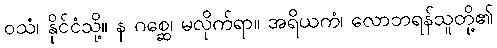
ဝသံ၊ နိုင်ငံသို့။ န ဂစ္ဆေ၊ မလိုက်ရာ။ အရိယကံ၊ လောဘရန်သူတို့၏